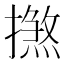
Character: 𢶞